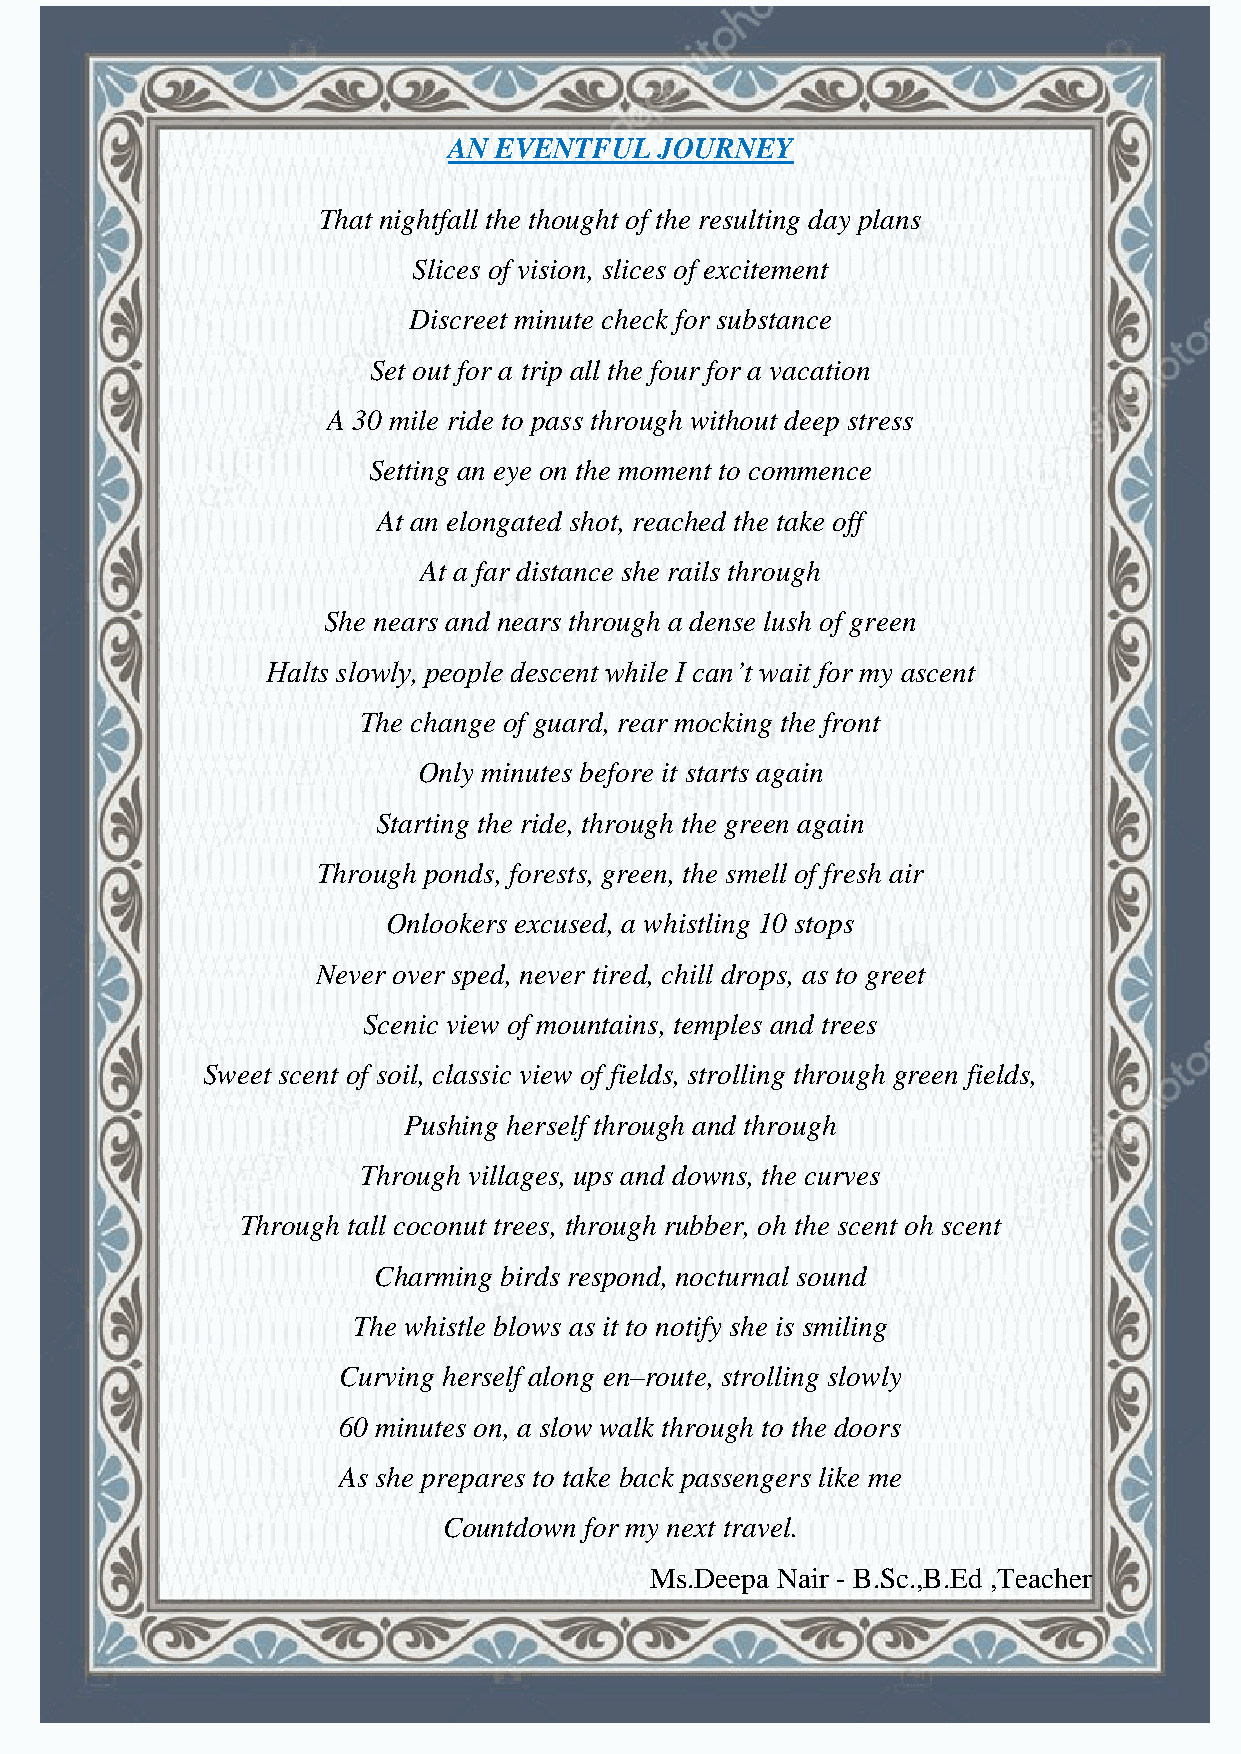
HONEY VIBES
 AN EVENTFUL   JOURNEY
 That nightfall the thought of the resulting day plans
 Slices of vision, slices of excitement
 Discreet minute check for substance
 Set out for a trip all the four for a vacation
 A 30 mile ride to pass through without deep stress
 Setting an eye on the moment to commence
 At an elongated shot, reached the take off
 At a far distance she rails through
 She nears and nears through a dense lush of green
 Halts slowly, people descent while I can’t wait for my ascent
 The change of guard, rear mocking the front
 Only minutes before it starts again
 Starting the ride, through the green again
 Through ponds, forests, green, the smell of fresh air
 Onlookers excused, a whistling 10 stops
 Never over sped, never tired, chill drops, as to greet
 Scenic view of mountains, temples and trees
 Sweet scent of soil, classic view of fields, strolling through green fields,
 Pushing herself through and through
 Through villages, ups and downs, the curves
 Through tall coconut trees, through rubber, oh the scent oh scent
 Charming birds respond, nocturnal sound
 The whistle blows as it to notify she is smiling
 Curving herself along en–route, strolling slowly
 60 minutes on, a slow walk through to the doors
 As she prepares to take back passengers like me
 Countdown for my next travel.
 Ms.Deepa Nair - B.Sc.,B.Ed ,Teacher
 9